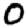
Digit: 0